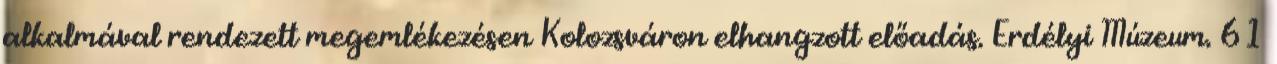
alkalmával rendezett megemlékezésen Kolozsváron elhangzott előadás. Erdélyi Múzeum. 61